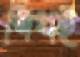
শিখই